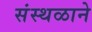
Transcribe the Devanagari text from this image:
संस्थळाने